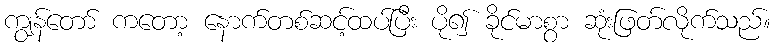
ကျွန်တော် ကတော့ နောက်တစ်ဆင့်ထပ်ပြီး ပို၍ ခိုင်မာစွာ ဆုံးဖြတ်လိုက်သည်။